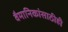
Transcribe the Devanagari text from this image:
वैमानिकांसाठीही